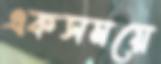
একসময়ে